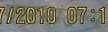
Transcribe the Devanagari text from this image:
पारमांडल्य